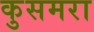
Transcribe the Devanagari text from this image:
कुसमरा